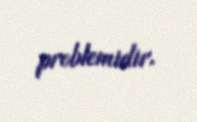
problemidir.